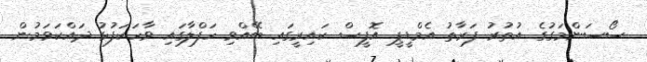
ސޯސަންމަގުގެ އުތުރު ފަރާތު އެމްޑީޕީ އޮފީސް ކައިރީގައި ބޭއްވި ހަފްލާގައި ވާހަކަފުޅު ދައްކަވަމުން